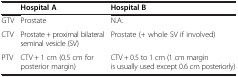
<table><thead><tr><td><b> </b></td><td><b>Hospital A</b></td><td><b>Hospital B</b></td></tr></thead><tbody><tr><td>GTV</td><td>Prostate</td><td>N.A.</td></tr><tr><td>CTV</td><td>Prostate + proximal bilateral seminal vesicle (SV)</td><td>Prostate (+ whole SV if involved)</td></tr><tr><td>PTV</td><td>CTV + 1 cm (0.5 cm for posterior margin)</td><td>CTV + 0.5 to 1 cm (1 cm margin is usually used except 0.6 cm posteriorly)</td></tr></tbody></table>